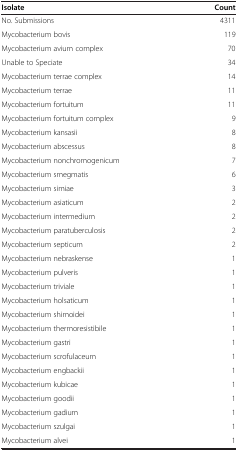
| Isolate | Count |
 | --- | --- |
 | No. Submissions | 4311 |
 | Mycobacterium bovis | 119 |
 | Mycobacterium avium complex | 70 |
 | Unable to Speciate | 34 |
 | Mycobacterium terrae complex | 14 |
 | Mycobacterium terrae | 11 |
 | Mycobacterium fortuitum | 11 |
 | Mycobacterium fortuitum complex | 9 |
 | Mycobacterium kansasii | 8 |
 | Mycobacterium abscessus | 8 |
 | Mycobacterium nonchromogenicum | 7 |
 | Mycobacterium smegmatis | 6 |
 | Mycobacterium simiae | 3 |
 | Mycobacterium asiaticum | 2 |
 | Mycobacterium intermedium | 2 |
 | Mycobacterium paratuberculosis | 2 |
 | Mycobacterium septicum | 2 |
 | Mycobacterium nebraskense | 1 |
 | Mycobacterium pulveris | 1 |
 | Mycobacterium triviale | 1 |
 | Mycobacterium holsaticum | 1 |
 | Mycobacterium shimoidei | 1 |
 | Mycobacterium thermoresistibile | 1 |
 | Mycobacterium gastri | 1 |
 | Mycobacterium scrofulaceum | 1 |
 | Mycobacterium engbackii | 1 |
 | Mycobacterium kubicae | 1 |
 | Mycobacterium goodii | 1 |
 | Mycobacterium gadium | 1 |
 | Mycobacterium szulgai | 1 |
 | Mycobacterium alvei | 1 |